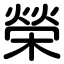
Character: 榮